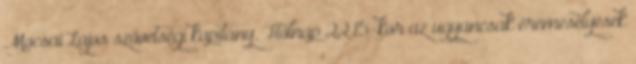
Mocsai Lajos szövetségi kapitány. Holnap 22.15-kor az ugyancsak éremesélyesek